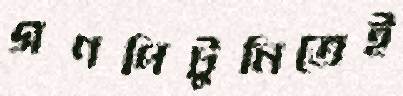
গণপিটুনিতেই